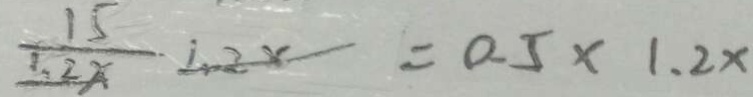
\frac { 1 5 } { 1 . 2 x } 1 . 2 x = 0 . 5 \times 1 . 2 x